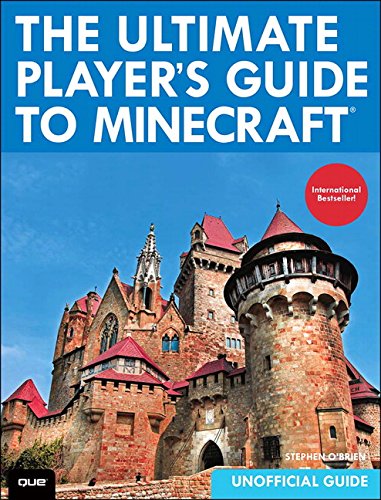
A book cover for The Ultimate Player's Guide to Minecraft; Stephen O'Brien; Humor & Entertainment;